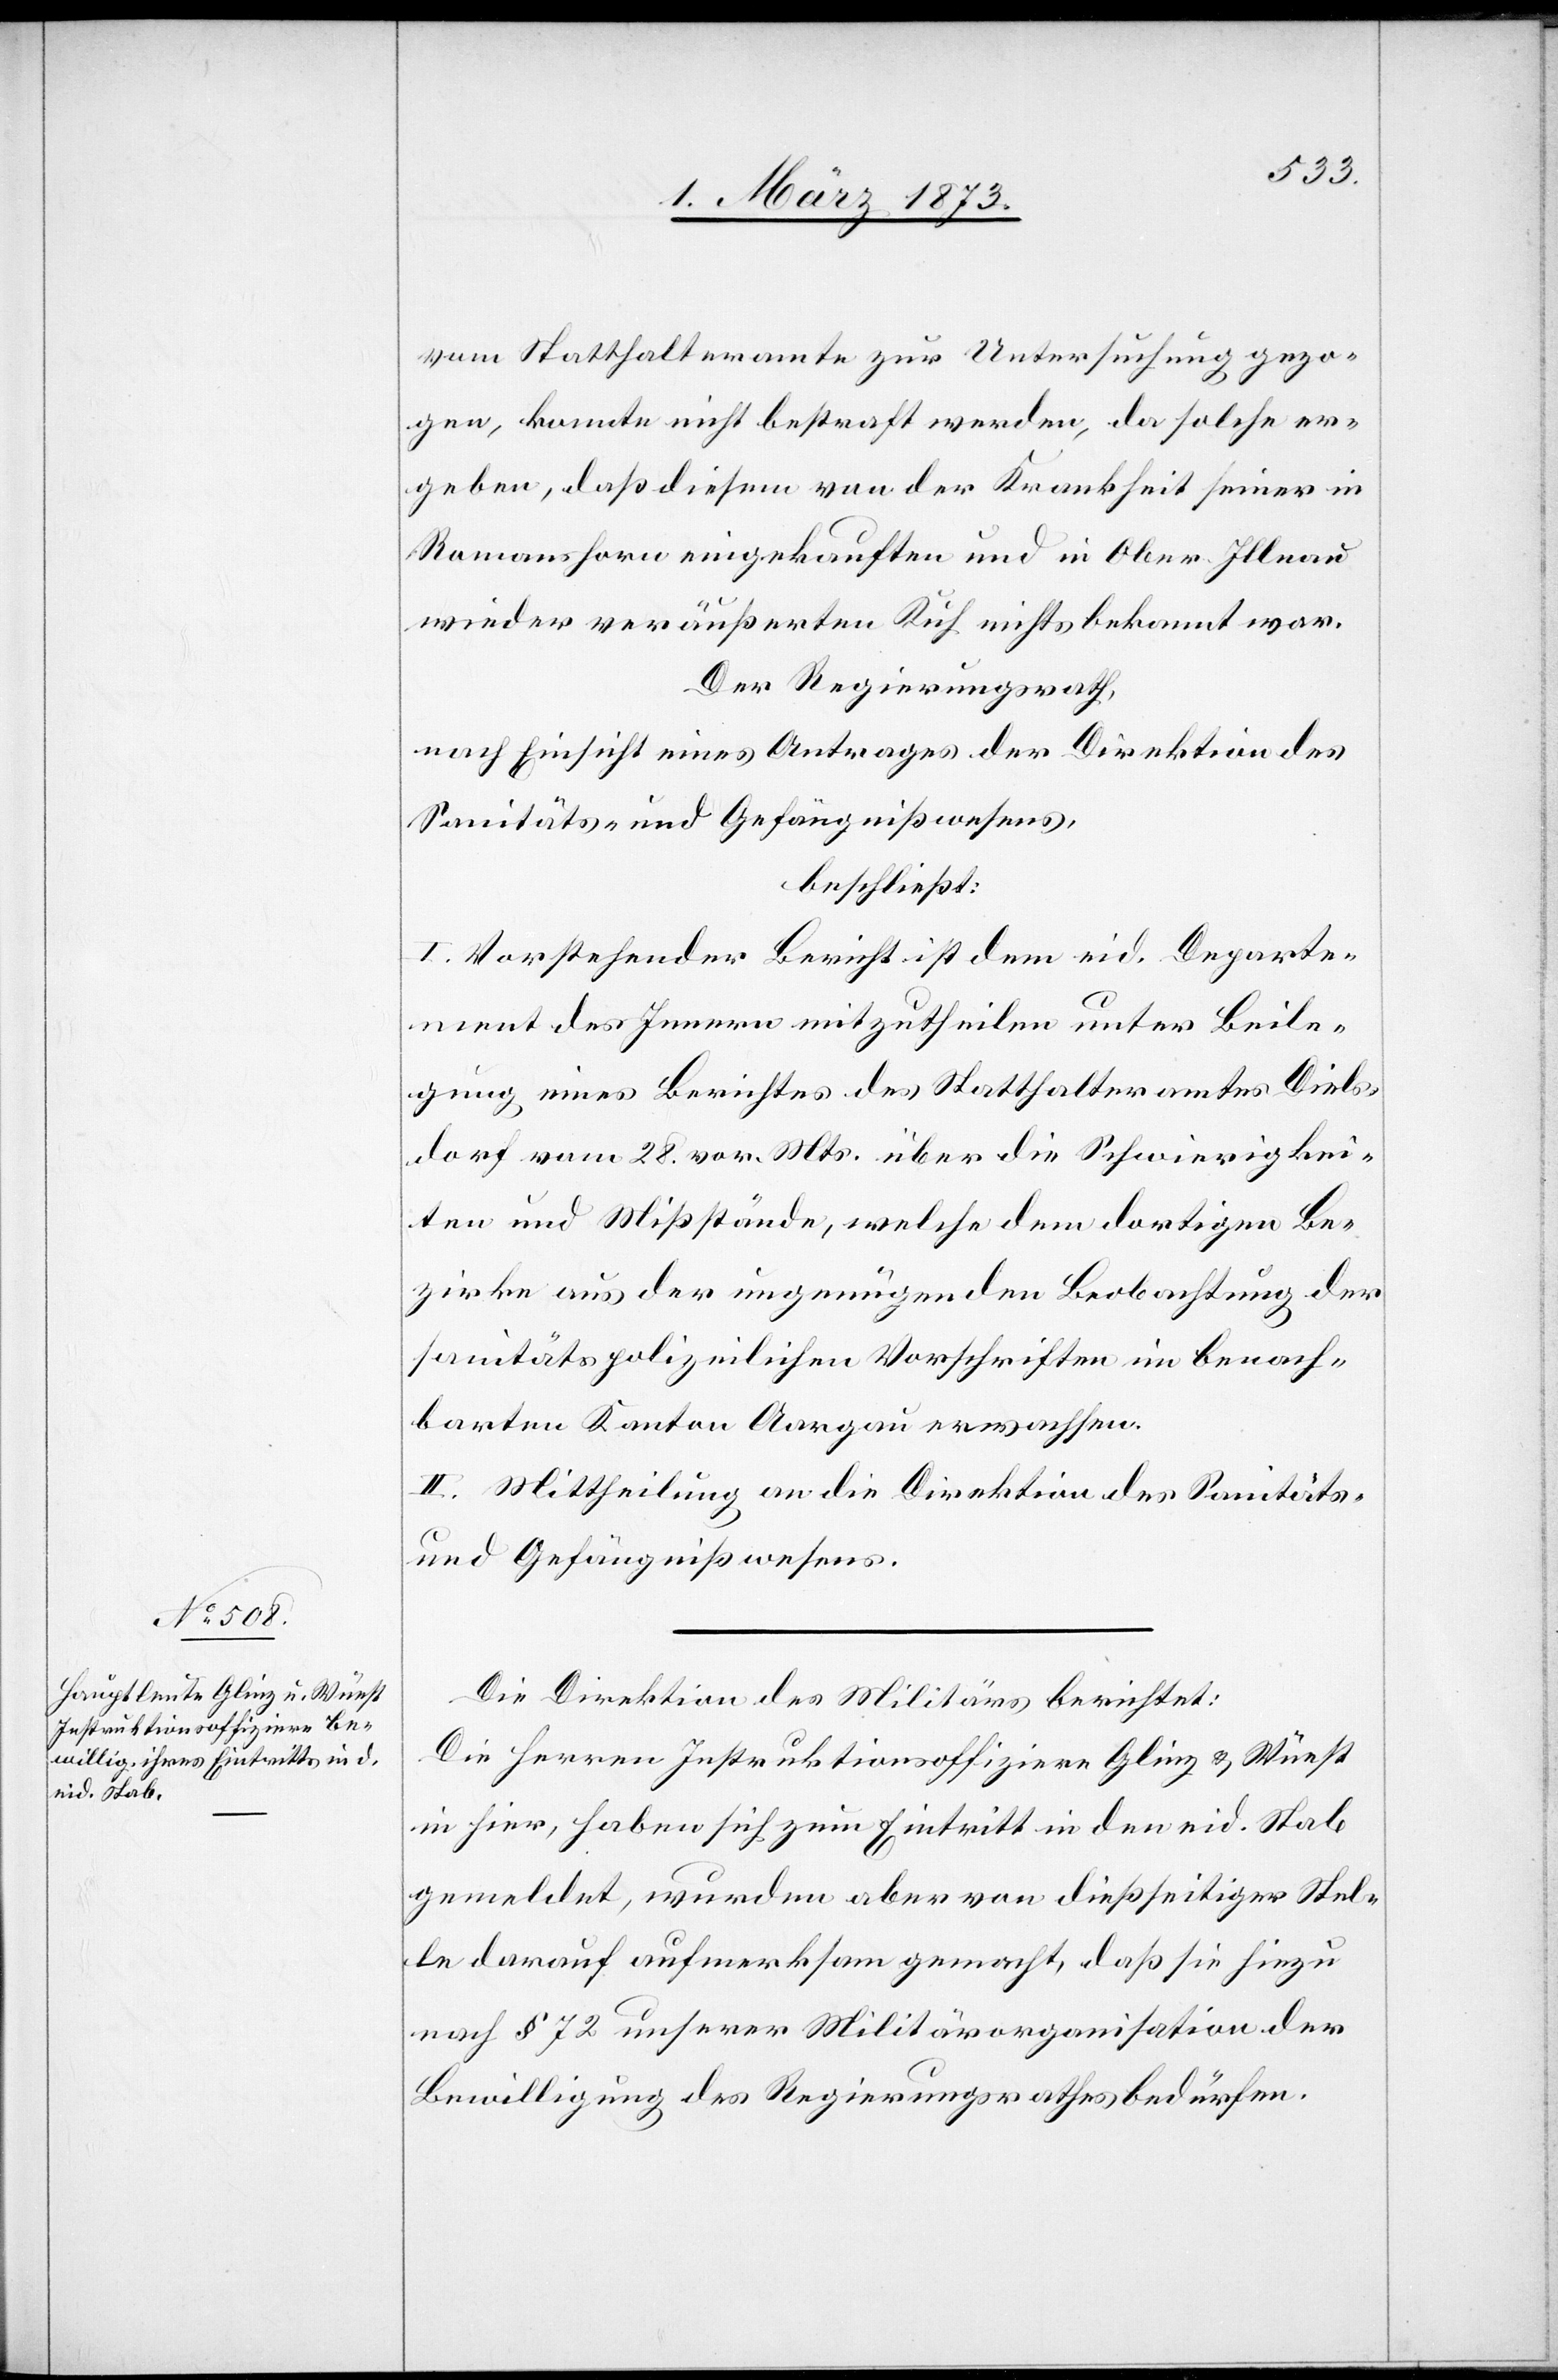
vom Statthalteramte zur Untersuchung gezo¬
gen, konnte nicht bestraft werden, da solche er¬
geben, daß diesem von der Krankheit seiner in
Romanshorn eingekauften und in Ober-Illnau
wieder veräußerten Kuh nichts bekannt war.
Der Regierungsrath,
nach Einsicht eines Antrages der Direktion des
Sanitäts- und Gefängnißwesens,
beschließt:
I. Vorstehender Bericht ist dem eid. Departe¬
ment des Innern mitzutheilen unter Beile¬
gung eines Berichtes des Statthalteramtes Diels¬
dorf vom 28. vor. Mts. über die Schwierigkei¬
ten und Mißstände, welche dem dortigen Be¬
zirke aus der ungenügenden Beobachtung der
sanitätspolizeilichen Vorschriften im benach¬
barten Kanton Aargau erwachsen.
II. Mittheilung an die Direktion des Sanitäts-
und Gefängnißwesens.
Die Direktion des Militärs berichtet:
Die Herren Instruktionsoffiziere Glinz u. Wüest
in hier, haben sich zum Eintritt in den eid. Stab
gemeldet, wurden aber von dießseitiger Stel¬
le darauf aufmerksam gemacht, daß sie hiezu
nach § 72 unserer Militärorganisation der
Bewilligung des Regierungsrathes bedürfen.